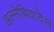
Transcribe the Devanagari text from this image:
अल्सेबियादेस